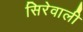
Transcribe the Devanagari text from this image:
सिरेवाली